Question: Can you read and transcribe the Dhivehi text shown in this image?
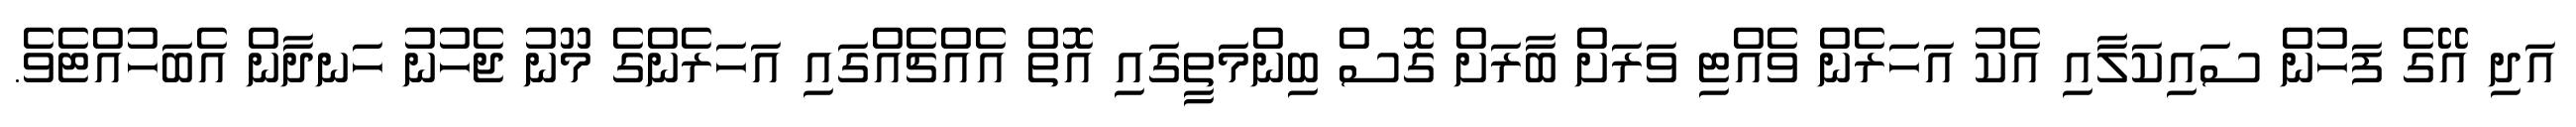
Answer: އަދި އޭގެ ފަހުން ސައިކަލާއި އެކު އަހަރެން ވެއްޓި ވަރަށް ބާރަށް ގޮސް ބިންމަތީގައި އޮތް އެއްޗެއްގައި އަހަރެންގެ މޫނު ޖެހުނު ހަނދާން އެބަހުއްޓެވެ.